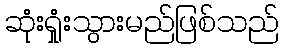
ဆုံးရှုံးသွားမည်ဖြစ်သည်